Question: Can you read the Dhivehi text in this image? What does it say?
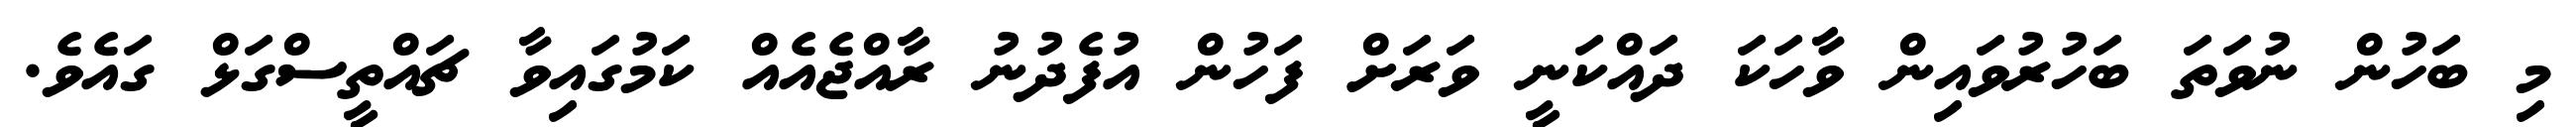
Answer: މި ބަހުން ނުވަތަ ބަހުރުވައިން ވާހަކަ ދައްކަނީ ވަރަށް ފަހުން އުފެދުނު ރާއްޖެއެއް ކަމުގައިވާ ޗައްތީސްގަޅް ގައެވެ.